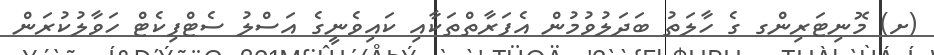
(ށ) މޮނިޓަރިންގ ގެ ހާލަތު ބަދަލުވުމުން އެފަރާތްތަކާއި ކައިވެނީގެ އަސްލު ސެޓްފިކެޓް ހަވާލުކުރަން